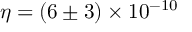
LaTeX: \eta = \left( 6 \pm 3 \right) \times 1 0 ^ { - 1 0 }